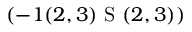
\left( - 1 ( 2 , 3 ) \textrm { S } ( 2 , 3 ) \right)